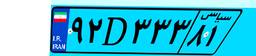
۹۲D۳۳۳۸۱